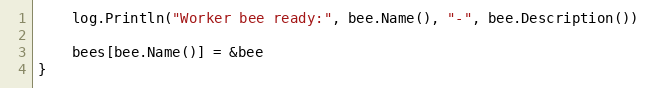
Language: Go
	log.Println("Worker bee ready:", bee.Name(), "-", bee.Description())

	bees[bee.Name()] = &bee
}